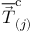
\overline { { \vec { T } } } _ { ( j ) } ^ { \mathrm { c } }